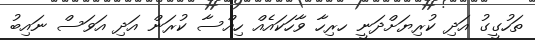
ތަހުގީގު އަދި ކުރިޔަށްދަނީ ހރިހާ ވާހަކައެއް ހިއްސާ ކުރަން އަދި އަވަސް ނައިބު